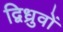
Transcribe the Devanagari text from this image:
द्विध्रुवों